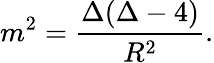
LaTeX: m^{2}=\frac{\Delta(\Delta-4)}{R^{2}}.